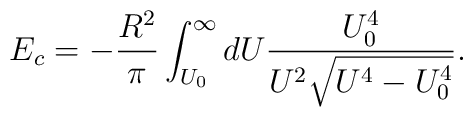
E_c = -\frac{R^2}{\pi} \int_{U_0}^\infty dU\frac{U_0 ^4}{U^2\sqrt{U^4 -    U_0 ^4}}.